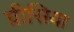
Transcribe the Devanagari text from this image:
ग्रीसिया